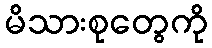
မိသားစုတွေကို